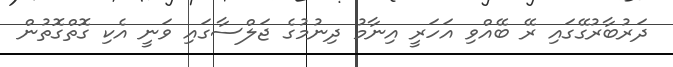
ދަރުބާާރުގޭގައި ރޭ ބޭއްވި އަަހަރީ އިނާމު ދިނުމުގެ ޖަލްސާގައި ވަނީ އެކި ގޮތްގޮތުން